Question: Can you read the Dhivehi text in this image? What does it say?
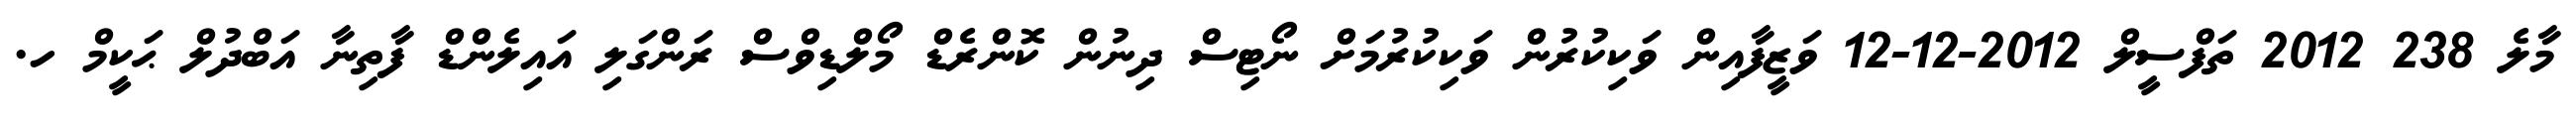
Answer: މާލެ 238 2012 ތަފްސީލް 2012-12-12 ވަޒީފާއިން ވަކިކުރުން ވަކިކުރުމަށް ނޯޓިސް ދިނުން ކޮންރެޑް މޯލްޑިވްސް ރަންގަލި އައިލެންޑް ފާތިނާ އަބްދުލް ޙަކީމް ހ.